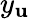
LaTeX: y_{\mathbf{u}}